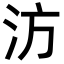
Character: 汸